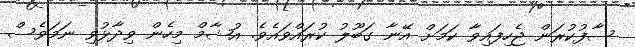
ސާފުކުރަން ޖެހިފައިވާ ކަމަށް އޭނާ ގަބޫލު ކުރައްވައެވެ. އުޝާމް މިހެން ވިދާޅުވި ނަމަވެސް